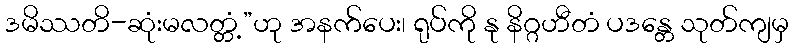
ဒမိဿတိ-ဆုံးမလတ္တံ့”ဟု အနက်ပေး၊ ရုပ်ကို နု နိဂ္ဂဟီတံ ပဒန္တေ သုတ်ကျမှ